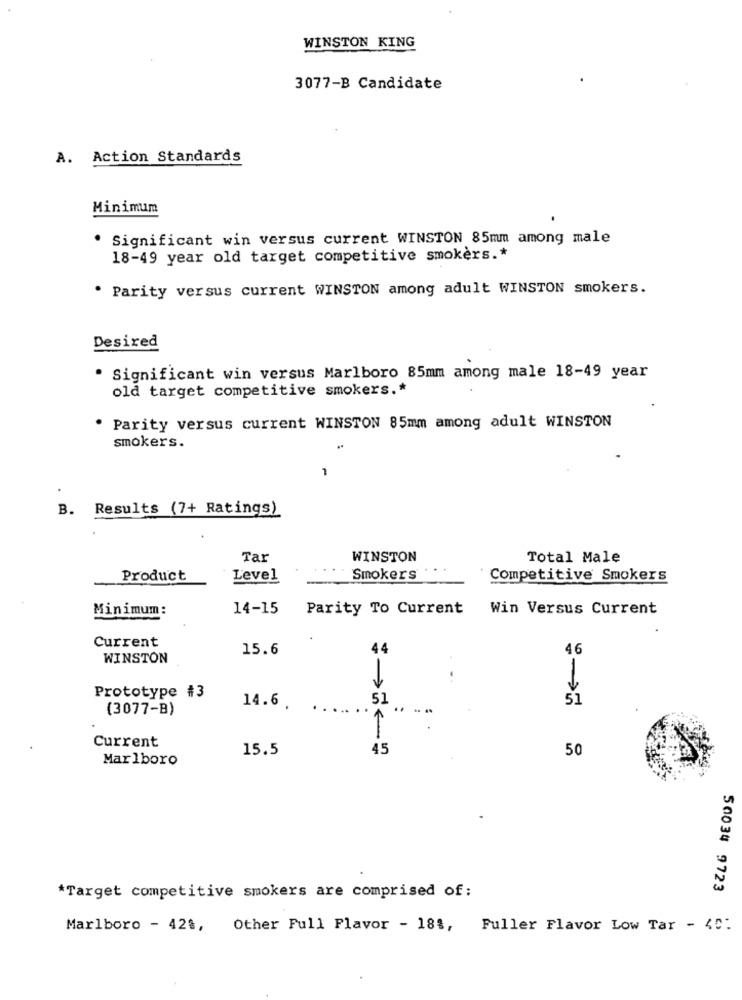
WINSTON KING
3077-B Candidate
A. Action Standards
Minimum
. Significant win versus current WINSTON 85mm among male
18-49 year old target competitive smokers .*
. Parity versus current WINSTON among adult WINSTON smokers.
Desired
· Significant win versus Marlboro 85mm among male 18-49 year
old target competitive smokers .*
Parity versus current WINSTON 85mm among adult WINSTON
smokers.
B.
Results (7+ Ratings)
Tar
WINSTON
Total Male
Product
Level
Smokers
Competitive Smokers
Minimum:
14-15
Parity To Current
Win Versus Current
Current
15.6
44
46
WINSTON
1
Prototype #3
51
51
(3077-B)
14.6
..
Current
15.5
45
50
Marlboro
*Target competitive smokers are comprised of:
50034 9723
Marlboro - 428,
Other Full Flavor - 18%, Fuller Flavor Low Tar - 40: